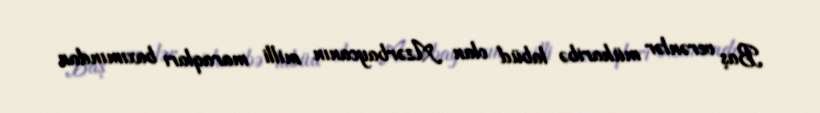
Baş verənlər müharibə labüd olan Azərbaycanın milli maraqları baxımından